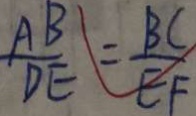
\frac { A B } { D E } = \frac { B C } { E F }